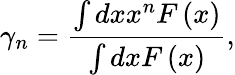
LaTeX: \gamma_{n}=\frac{\int dxx^{n}F\left(x\right)}{\int dxF\left(x\right)},